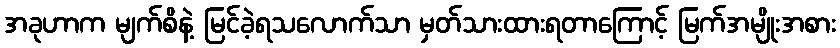
အခုဟာက မျက်စိနဲ့ မြင်ခဲ့ရသလောက်သာ မှတ်သားထားရတာကြောင့် မြက်အမျိုးအစား